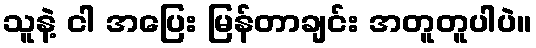
သူနဲ့ ငါ အပြေး မြန်တာချင်း အတူတူပါပဲ။